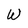
Character: W